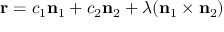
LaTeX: \mathbf { r } = c _ { 1 } \mathbf { n } _ { 1 } + c _ { 2 } \mathbf { n } _ { 2 } + \lambda ( \mathbf { n } _ { 1 } \times \mathbf { n } _ { 2 } )